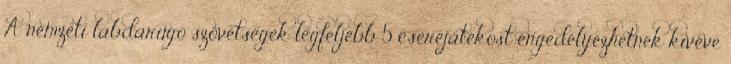
A nemzeti labdarúgó szövetségek legfeljebb 5 cserejátékost engedélyezhetnek kivéve